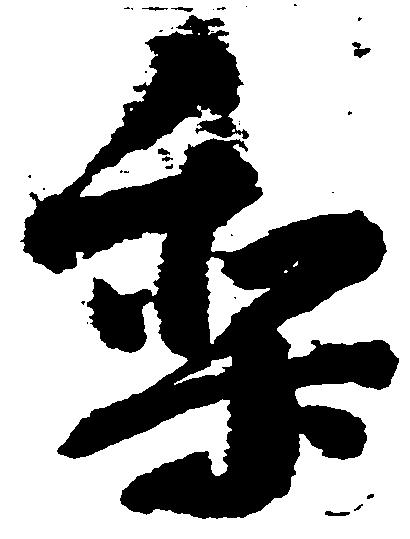
梨